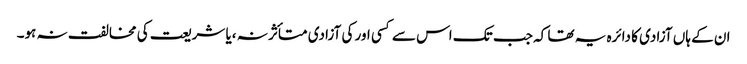
ان کے ہاں آزادی کا دائرہ یہ تھا کہ جب تک اس سے کسی اور کی آزادی متأثر نہ ،یا شریعت کی مخالفت نہ ہو۔